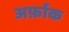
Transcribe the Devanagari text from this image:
अर्फ़ाक